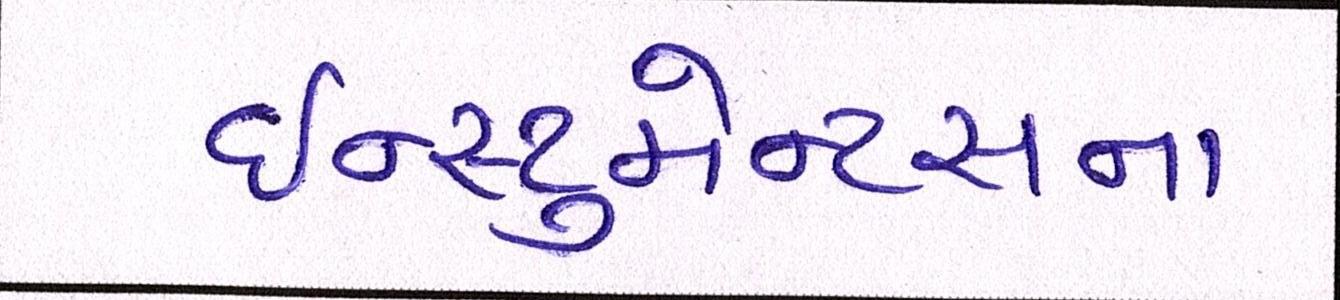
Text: ઇન્સ્ટ્રુમેન્ટસના